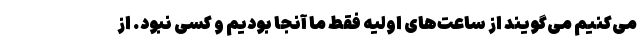
می‌کنیم می‌گویند از ساعت‌های اولیه فقط ما آنجا بودیم و کسی نبود. از